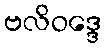
ဗလိဝဒ္ဒေ